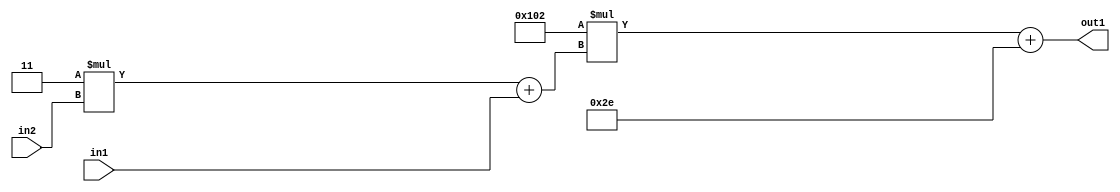
`timescale 1ps / 1ps
/*****************************************************************************
    Verilog RTL Description
    
    
    Created by: Stratus DpOpt 2019.1.01 
*******************************************************************************/

module DC_Filter_Add2i46Mul2i258Add2u1Mul2i3u2_1 (
	in2,
	in1,
	out1
	); /* architecture "behavioural" */ 
input [1:0] in2;
input  in1;
output [11:0] out1;
wire [11:0] asc001;
wire [3:0] asc002;

wire [3:0] asc002_tmp_0;
assign asc002_tmp_0 = 
	+(4'B0011 * in2);
assign asc002 = asc002_tmp_0
	+(in1);

wire [11:0] asc001_tmp_1;
assign asc001_tmp_1 = 
	+(12'B000100000010 * asc002);
assign asc001 = asc001_tmp_1
	+(12'B000000101110);

assign out1 = asc001;
endmodule

/* CADENCE  v7b1Qw4= : u9/ySgnWtBlWxVPRXgAZ4Og= ** DO NOT EDIT THIS LINE ******/